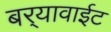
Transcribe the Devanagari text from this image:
बर्‍यावाईट